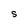
Character: S